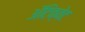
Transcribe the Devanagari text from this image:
अॅटिक्वेट